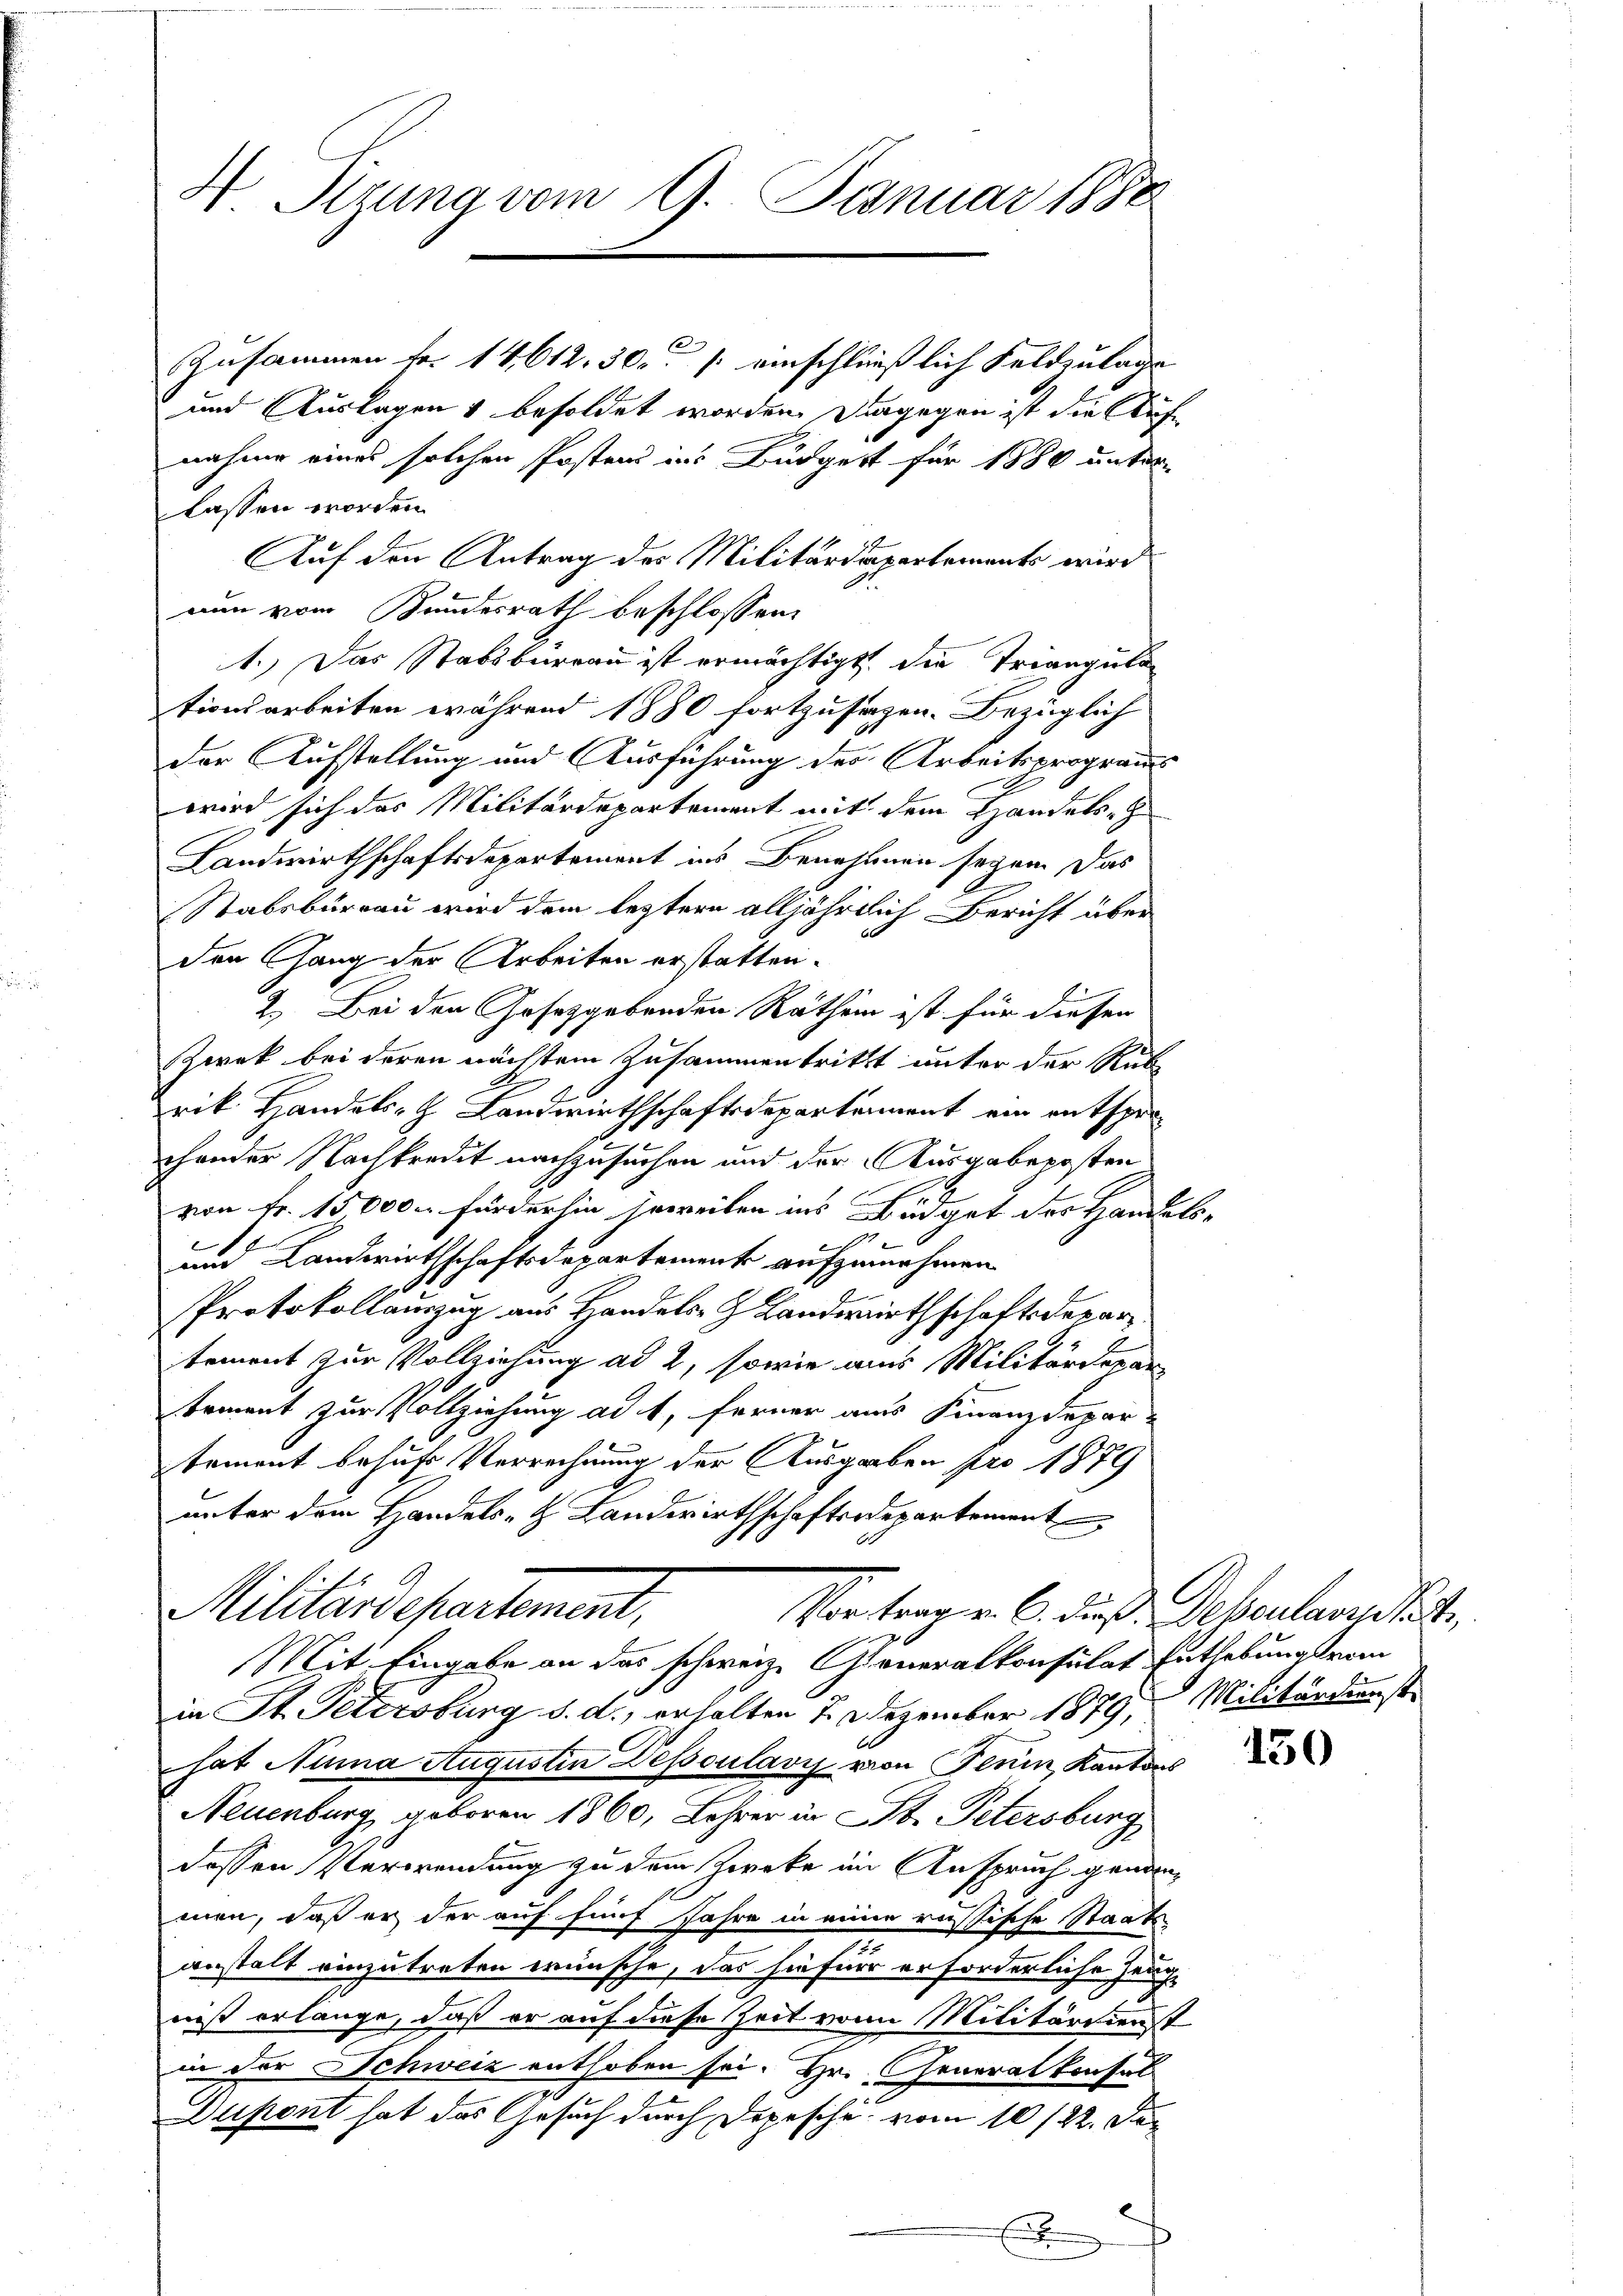
N. Sizung vom 9. Januar 1880

Zusammen fr. 14612, 30. / einschließlich Feldzulage
und Auslagen & besoldet worden. Dagegen ist die Aufe
nahme eines solchen Postens als Bürgert für 1880 unter-
lassen worden.
Auf den Antrag des Militärdepartements wird
nun vom Bundesrath beschlossen:
1.) Das Stabsbureau ist ermächtigt, die Triangula
tionsarbeiten während 1880 fortzusagen. Bezüglich
der Aufstellung und Ausführung des Arbeitsprograus
wird sich das Militärdepartement mit dem Handels-
Landwirthschaftsdepartement ins Benehmen seyen das
Stabsbureau wird dem leztere alljährlich Bericht über
den Gang der Arbeiten erstatten.
2.) Bei den Gesetzgebenden Rathem ist für diesen
Zwek bei deren nächstem Zusammentritt unter der Rub
rik Handels- H. Landwirthschaftsdepartement ein entsprechander Nachkredit nachzusuchen und der Ausgabeposten
Z
von Fr. 15000. fürderhin jeweiben ins Büdget des Handels-
g
und Landwirthschaftsdepartement aufzunehmen
Protokollauszug aus Handels- Landwirthschaftsdepartement zur Vollziehung ad 2, sowie aus Militärdepar
tement zur Vollziehung ad 1, ferner aus Finanzdepar-
tement behufs Verrechnung der Ausgaben pro 1879
unter dem Handels- & Landwirthschaftsdepartement
Militärdepartement,
Vortragen. C. dieß. Descularitäte
Mit Eingabe an das schweiz. Generalkonsulat Enthebungsra
in St. Petersburg d. d., erhalten 7. Dezember 1879, Militärdienst
hat Numa Augustin Dessoulavyz von Fenin, Kantons
Neuenburg geboren 1860, Lehrer in St. Petersburg
dessen Verwendung zu dem Zweke im Anspruch genannmen, daß er der auf fünf Jahre in einer russische Staats-
anstalt einzutreten wünsche, das hiefür erforderliche Zeug
niß erlange, daß er auf diese Zeit von Militärdienst
in der Schweiz enthoben sei. Hr. Generalkonsal
Dupont hat das Gesuch durch Depesche vom 10/22. Ju¬

150